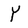
Character: Y